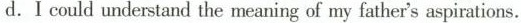
d. I could understand the meaning of my father's aspirations.